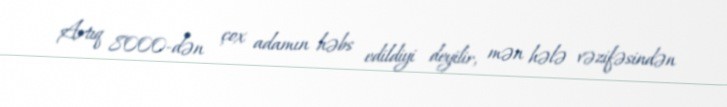
Artıq 8000-dən çox adamın həbs edildiyi deyilir, mən hələ vəzifəsindən